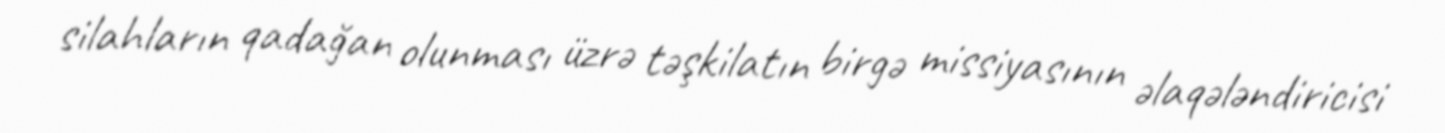
silahların qadağan olunması üzrə təşkilatın birgə missiyasının əlaqələndiricisi